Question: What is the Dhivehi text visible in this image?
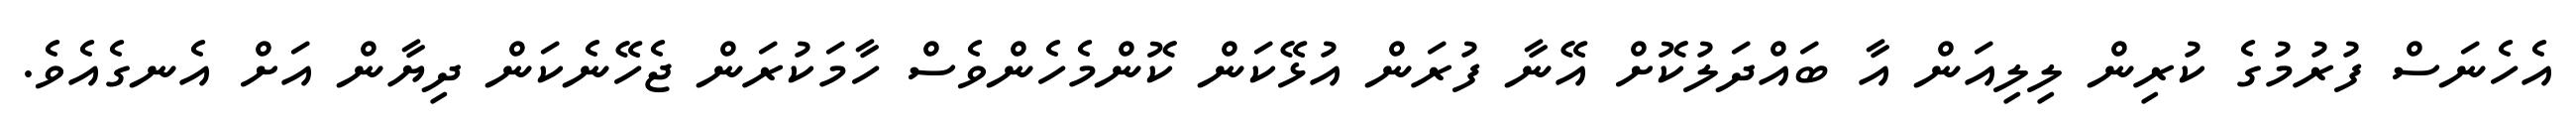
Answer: އެހެނަސް ފުރުމުގެ ކުރިން ލިލިއަން އާ ބައްދަލުކޮށް އޭނާ ފުރަން އުޅޭކަން ކޮންމެހެންވެސް ހާމަކުރަން ޖެހޭނެކަން ދިޔާން އަށް އެނގެއެވެ.